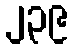
၂၃၉